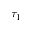
\tau _ { 1 }